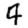
Digit: 4